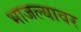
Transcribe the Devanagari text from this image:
भाजल्यावर